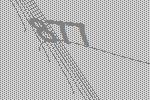
877